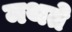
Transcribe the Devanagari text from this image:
मथते